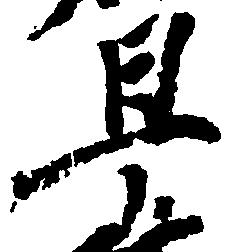
早